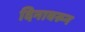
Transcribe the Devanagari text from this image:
दिनावरून